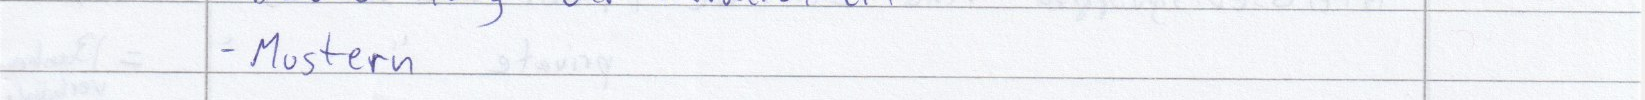
- Mustern